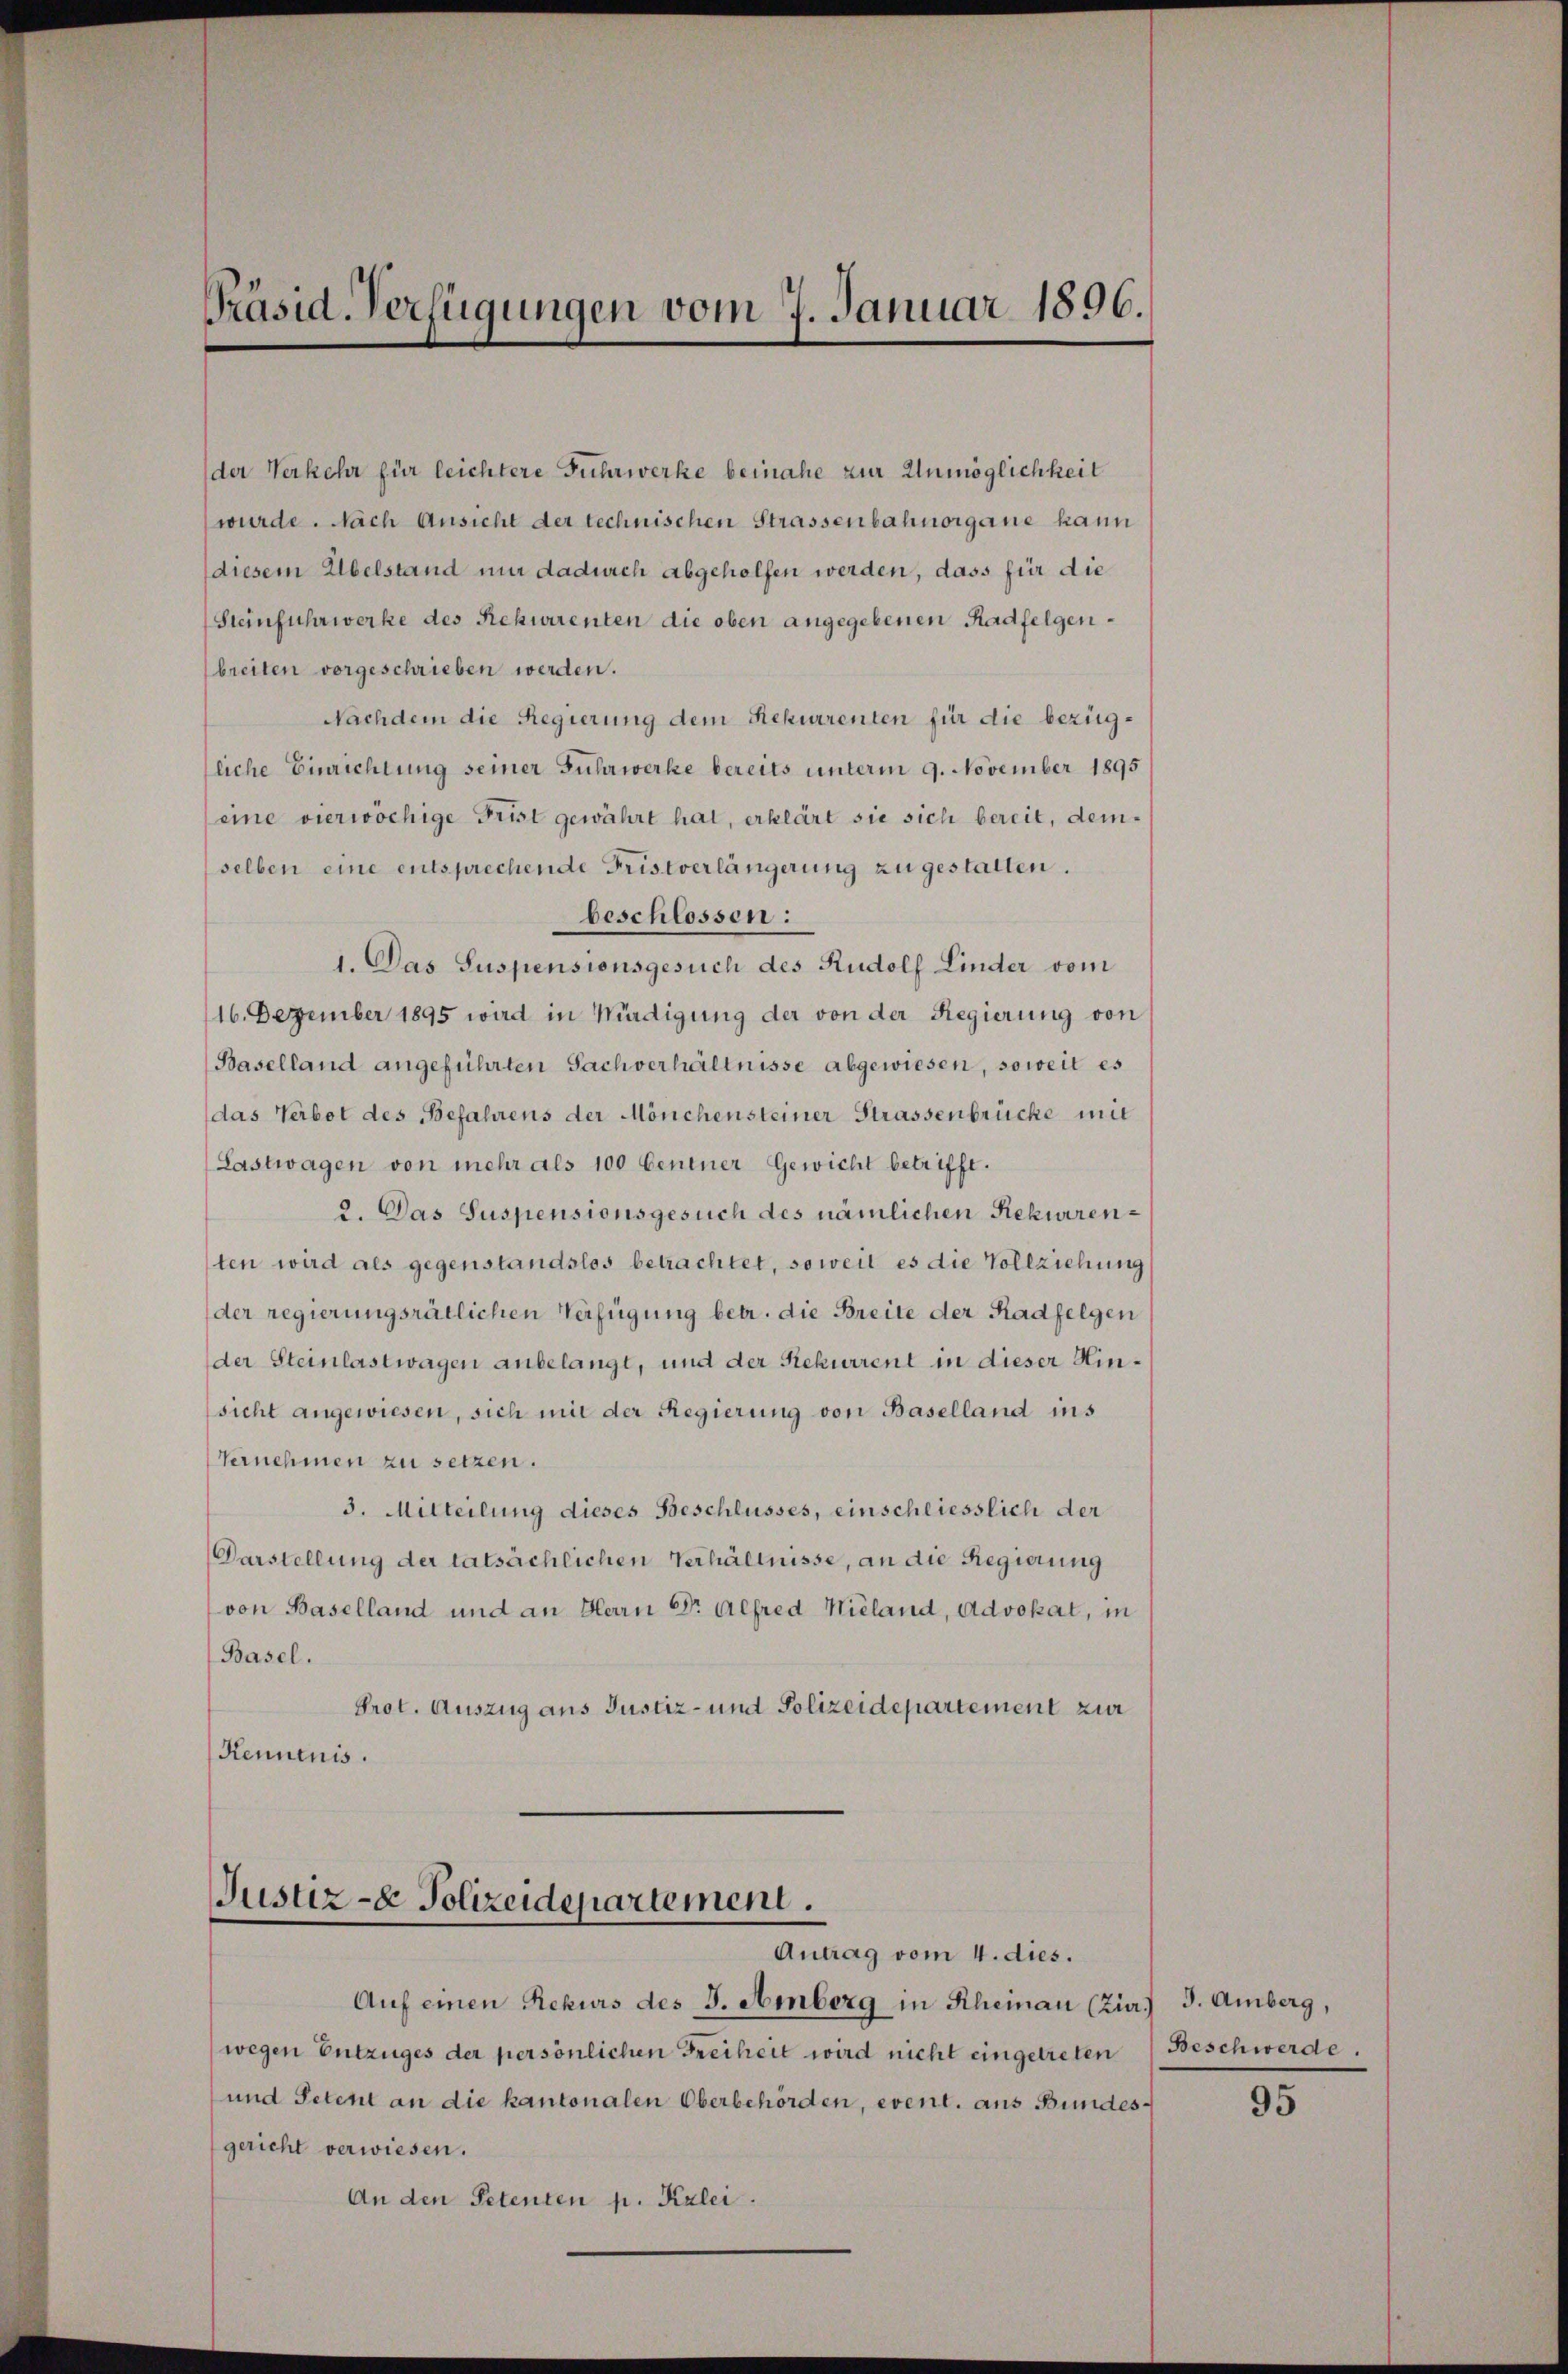
Präsid. Verfügungen vom 7. Januar 1896.

der Verkehr für leichtere Fuhrwerke beinahe zur Unmöglichkeit
wurde. Nach Ansicht der technischen Strassenbahnorgane kann
diesem Übelstand nur dadurch abgeholfen werden, dass für die
Steinfuhrwerke des Rekurrenten die oben angegebenen Radfelgenbreiten vorgeschrieben werden.
Nachdem die Regierung dem Rekurrenten für die bezügliche Einrichtung seiner Fuhrwerke bereits unterm 9. November 1895
eine vierwöchige Frist gewährt hat, erklärt sie sich bereit, demselben eine entsprechende Fristverlängerung zu gestatten.
beschlossen:
1. Das Suspensionsgesuch des Rudolf Linder vom
16. Dezember 1895 wird in Würdigung der von der Regierung von
Baselland angeführten Sachverhältnisse abgewiesen, soweit es
das Verbot des Befahrens der Mönchensteiner Strassenbrüche mit
(Lastwagen von mehr als 100 Centner Gewicht betrifft.
2. Das Suspensionsgesuch des nämlichen Rekurrenten wird als gegenstandslos betrachtet, soweil es die Vollziehung
der regierungsrätlichen Verfügung betr. die Breite der Radfelgen
der Steinlastwagen anbelangt, und der Rekurrent in dieser Hinsicht angewiesen, sich mit der Regierung von Baselland ins
Vernehmen zu setzen.
3. Mitteilung dieses Beschlusses, einschliesslich der
Darstellung der tatsächlichen Verhältnisse, an die Regierung
von Baselland und an Herrn Dr. Alfred Wieland, Advokat, in
Basel.
Prot. Auszug aus Justiz- und Polizeidepartement zur
Kenntnis.

Justiz- & Polizeidepartement.
Antrag vom 4. dies.

Auf einen Rekurs des J. Amberg in Rheinau (Zir) J. Amberg,
wegen Entzuges der persönlichen Freiheit wird nicht eingetreten Beschwerde.
und Petent an die kantonalen Oberbehörden, event. aus Bundesgericht verwiesen.
An den Petenten p. Kalei.

95